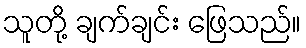
သူတို့ ချက်ချင်း ဖြေသည်။